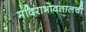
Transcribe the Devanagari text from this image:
मंदिराभोवतालची